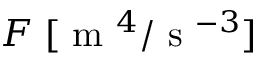
F \; [ \textrm { m } ^ { 4 } / \textrm { s } ^ { - 3 } ]